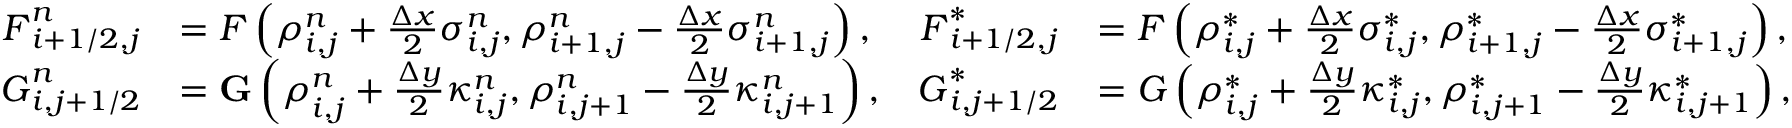
\begin{array} { r l r l } { \boldsymbol { F } _ { i + 1 / 2 , j } ^ { n } } & { = \boldsymbol { F } \left( \boldsymbol { \rho } _ { i , j } ^ { n } + \frac { \Delta x } { 2 } \boldsymbol { \sigma } _ { i , j } ^ { n } , \boldsymbol { \rho } _ { i + 1 , j } ^ { n } - \frac { \Delta x } { 2 } \boldsymbol { \sigma } _ { i + 1 , j } ^ { n } \right) , } & { \boldsymbol { F } _ { i + 1 / 2 , j } ^ { * } } & { = \boldsymbol { F } \left( \boldsymbol { \rho } _ { i , j } ^ { * } + \frac { \Delta x } { 2 } \boldsymbol { \sigma } _ { i , j } ^ { * } , \boldsymbol { \rho } _ { i + 1 , j } ^ { * } - \frac { \Delta x } { 2 } \boldsymbol { \sigma } _ { i + 1 , j } ^ { * } \right) , } \\ { \boldsymbol { G } _ { i , j + 1 / 2 } ^ { n } } & { = \mathbf { G } \left( \boldsymbol { \rho } _ { i , j } ^ { n } + \frac { \Delta y } { 2 } \boldsymbol { \kappa } _ { i , j } ^ { n } , \boldsymbol { \rho } _ { i , j + 1 } ^ { n } - \frac { \Delta y } { 2 } \boldsymbol { \kappa } _ { i , j + 1 } ^ { n } \right) , } & { \boldsymbol { G } _ { i , j + 1 / 2 } ^ { * } } & { = \boldsymbol { G } \left( \boldsymbol { \rho } _ { i , j } ^ { * } + \frac { \Delta y } { 2 } \boldsymbol { \kappa } _ { i , j } ^ { * } , \boldsymbol { \rho } _ { i , j + 1 } ^ { * } - \frac { \Delta y } { 2 } \boldsymbol { \kappa } _ { i , j + 1 } ^ { * } \right) , } \end{array}